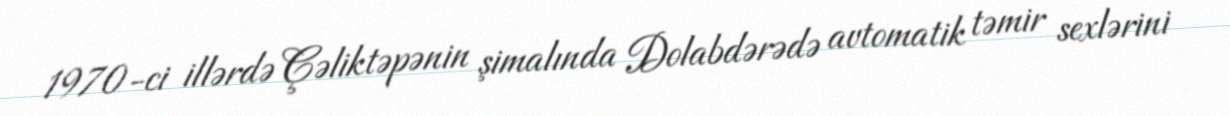
1970-ci illərdə Çəliktəpənin şimalında Dolabdərədə avtomatik təmir sexlərini